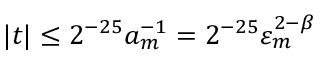
| t | \leq 2 ^ { - 2 5 } a _ { m } ^ { - 1 } = 2 ^ { - 2 5 } \varepsilon _ { m } ^ { 2 - \beta }